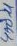
Text: 470U